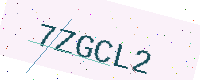
Text: 7ZGCL2